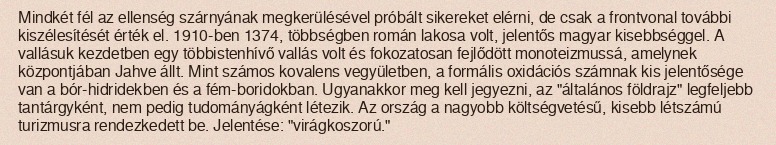
Mindkét fél az ellenség szárnyának megkerülésével próbált sikereket elérni, de csak a frontvonal további kiszélesítését érték el. 1910-ben 1374, többségben román lakosa volt, jelentős magyar kisebbséggel. A vallásuk kezdetben egy többistenhívő vallás volt és fokozatosan fejlődött monoteizmussá, amelynek központjában Jahve állt. Mint számos kovalens vegyületben, a formális oxidációs számnak kis jelentősége van a bór-hidridekben és a fém-boridokban. Ugyanakkor meg kell jegyezni, az "általános földrajz" legfeljebb tantárgyként, nem pedig tudományágként létezik. Az ország a nagyobb költségvetésű, kisebb létszámú turizmusra rendezkedett be. Jelentése: "virágkoszorú."